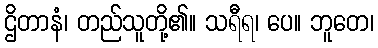
ဌိတာနံ၊ တည်သူတို့၏။ သရီရ၊ ပေ။ ဘူတေ၊